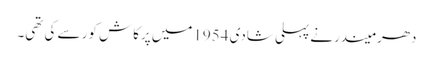
دھرمیندرنے پہلی شادی 1954میں پرکاش کور سے کی تھی۔